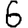
Digit: 6